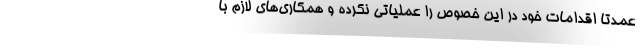
عمدتا اقدامات خود در این خصوص را عملیاتی نکرده و همکاری‌های لازم با